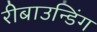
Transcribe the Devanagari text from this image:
रीबाउन्डिंग